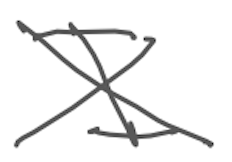
Text: I
Cross-out: mix
Writing tool: digital_gray